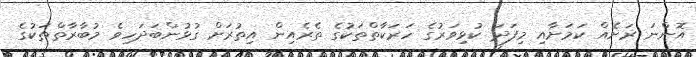
އޮންނަ ރަށެއް ކަމަށާއި މިފަދަ ކުޅިވަރުގެ ހަރަކާތްތަކުގެ ތެރެއިން އިތުރަށް ގުޅުންބަދަހިވެ މުބާރާތްތަކުގެ